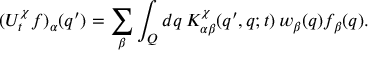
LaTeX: ( U _ { t } ^ { \chi } f ) _ { \alpha } ( q ^ { \prime } ) = \sum _ { \beta } \int _ { Q } d q \, K _ { \alpha \beta } ^ { \chi } ( q ^ { \prime } , q ; t ) \, w _ { \beta } ( q ) f _ { \beta } ( q ) .